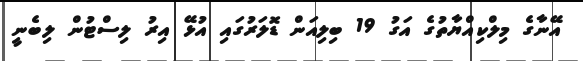
އޭނާގެ މިލްކިއްޔާތުގެ އަގު 19 ބިލިއަން ޑޮލަރުގައި އުޅޭ އިރު ލިސްޓުން ލިބެނީ